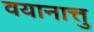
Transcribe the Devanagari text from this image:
वयानात्तु